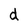
Character: d